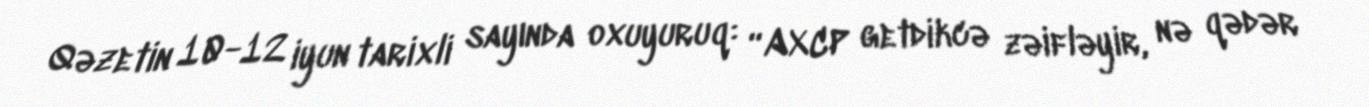
Qəzetin 10-12 iyun tarixli sayında oxuyuruq: “AXCP getdikcə zəifləyir, nə qədər